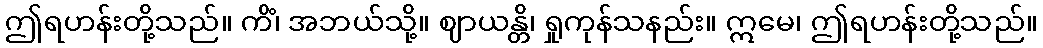
ဤရဟန်းတို့သည်။ ကိံ၊ အဘယ်သို့။ ဈာယန္တိ၊ ရှုကုန်သနည်း။ ဣမေ၊ ဤရဟန်းတို့သည်။